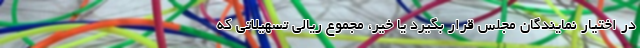
در اختیار نمایندگان مجلس قرار بگیرد یا خیر، مجموع ریالی تسهیلاتی که